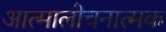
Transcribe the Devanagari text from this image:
आत्मालोचनात्मक